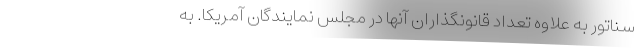
سناتور به علاوه تعداد قانونگذاران آنها در مجلس نمایندگان آمریکا. به